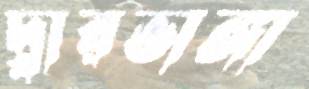
দ্বারভাঙ্গা